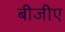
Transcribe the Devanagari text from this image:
बीजीए